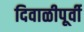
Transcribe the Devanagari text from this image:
दिवाळीपूर्वी